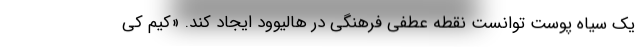
یک سیاه پوست توانست نقطه عطفی فرهنگی در هالیوود ایجاد کند. «کیم کی